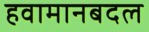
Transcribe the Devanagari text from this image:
हवामानबदल